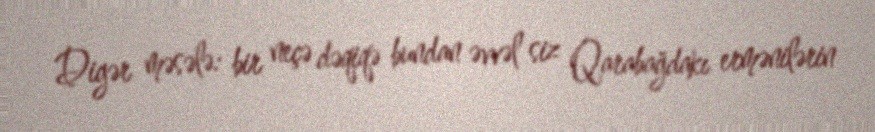
Digər məsələ: bir neçə dəqiqə bundan əvvəl siz Qarabağdakı ermənilərin